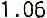
1.06